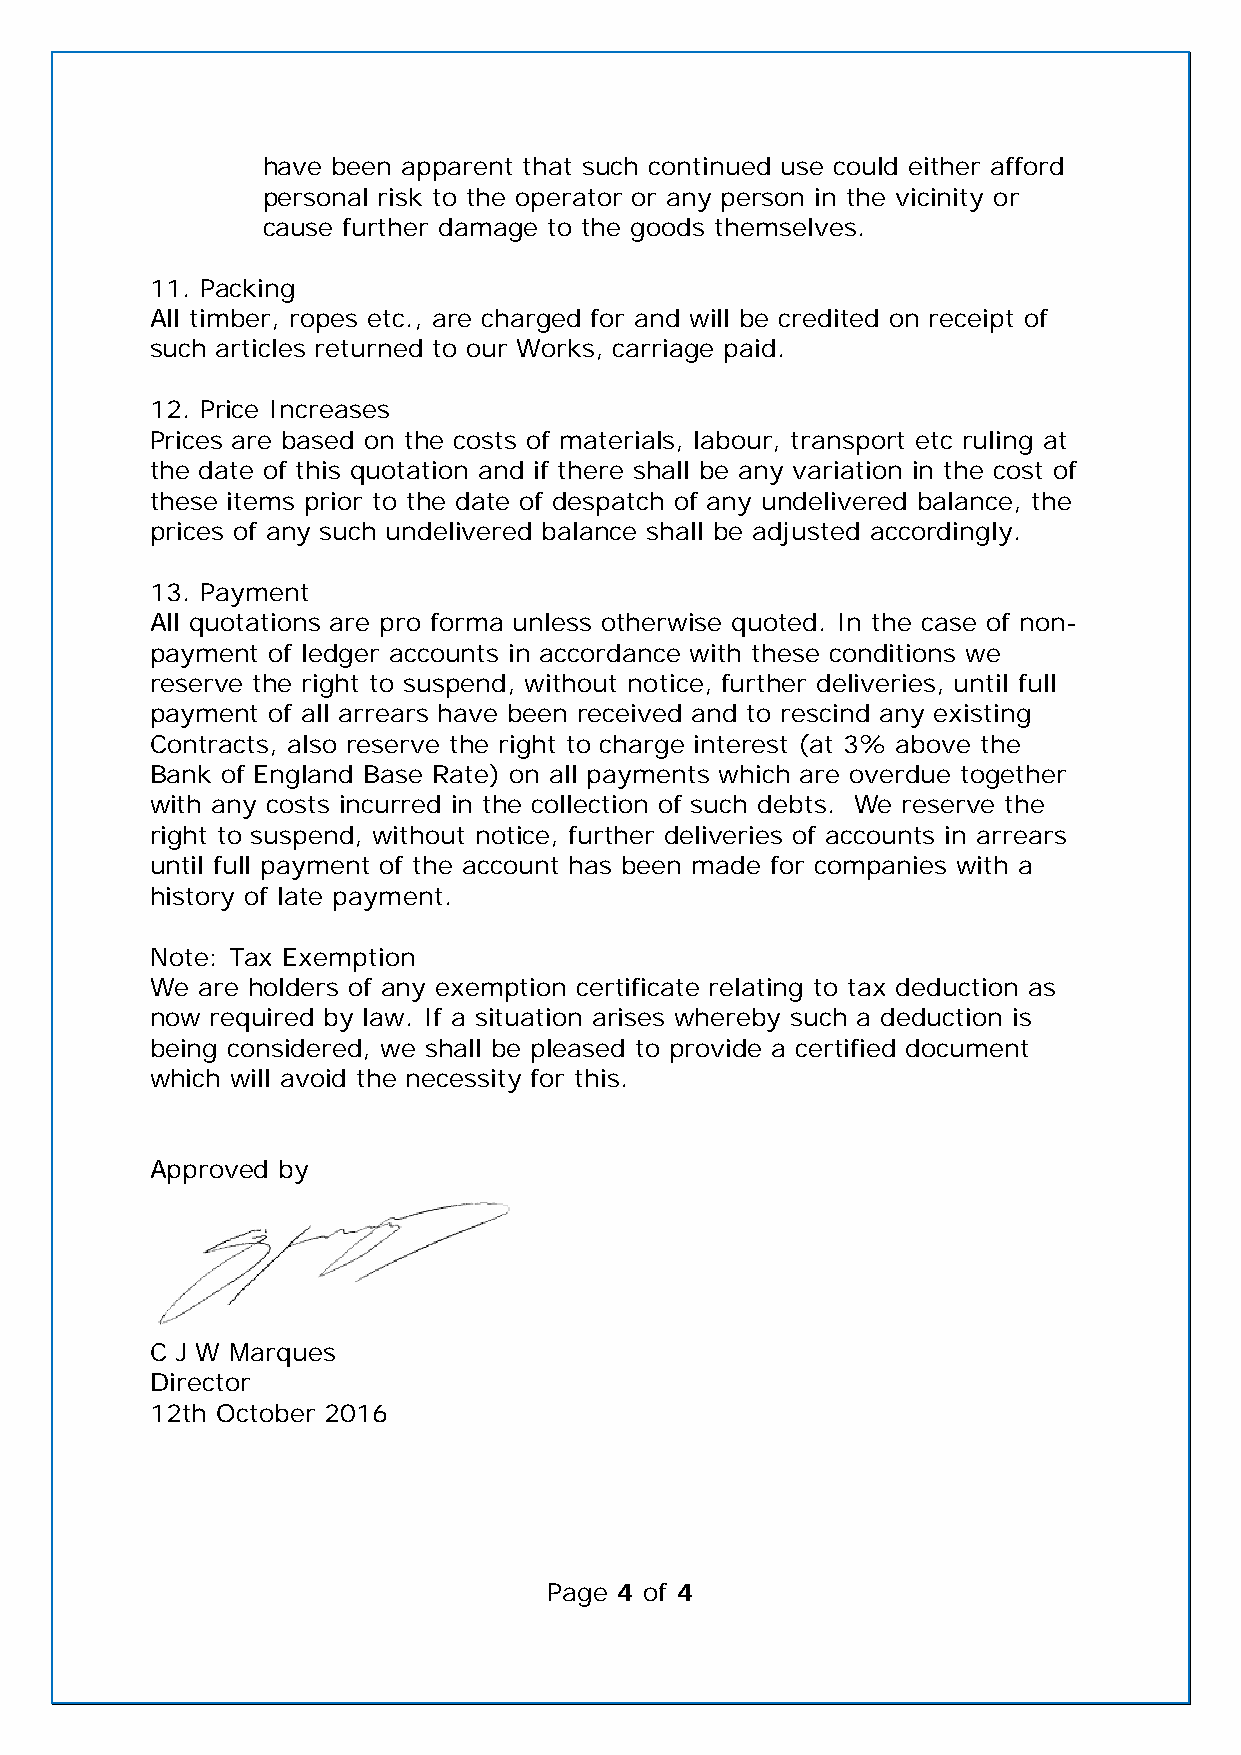
have been apparent that such continued use could either afford
 personal risk to the operator or any person in the vicinity or
 cause further damage to the goods themselves.
 11. Packing
 All timber, ropes etc., are charged for and will be credited on receipt of
 such articles returned to our Works, carriage paid.
 12. Price Increases
 Prices are based on the costs of materials, labour, transport etc ruling at
 the date of this quotation and if there shall be any variation in the cost of
 these items prior to the date of despatch of any undelivered balance, the
 prices of any such undelivered balance shall be adjusted accordingly.
 13. Payment
 All quotations are pro forma unless otherwise quoted. In the case of non-
 payment of ledger accounts in accordance with these conditions we
 reserve the right to suspend, without notice, further deliveries, until full
 payment of all arrears have been received and to rescind any existing
 Contracts, also reserve the right to charge interest (at 3% above the
 Bank of England Base Rate) on all payments which are overdue together
 with any costs incurred in the collection of such debts. We reserve the
 right to suspend, without notice, further deliveries of accounts in arrears
 until full payment of the account has been made for companies with a
 history of late payment.
 Note: Tax Exemption
 We are holders of any exemption certificate relating to tax deduction as
 now required by law. If a situation arises whereby such a deduction is
 being considered, we shall be pleased to provide a certified document
 which will avoid the necessity for this.
 Approved by
 C J W Marques
 Director
 12th October 2016
 Page 4 of 4